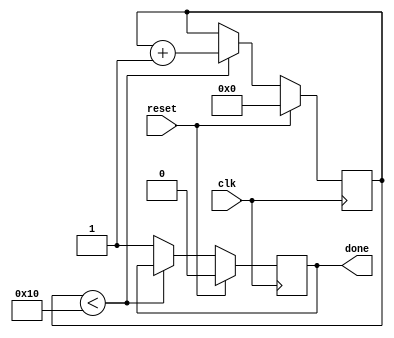
module incremental_for_loop (
    input wire reset,
    input wire clk,
    output reg done
);

reg [7:0] counter;
reg [7:0] threshold = 16; // Threshold value to terminate the loop

always @ (posedge clk) begin
    if (reset) begin
        counter <= 0; // Initialize counter to 0
        done <= 0;
    end else begin
        if (counter < threshold) begin
            // Loop body - specific set of statements executed for each iteration
            // Add your statements here
            
            counter <= counter + 1; // Increment the counter by a certain amount
        end else begin
            done <= 1; // Terminate the loop when the condition is no longer true
        end
    end
end

endmodule